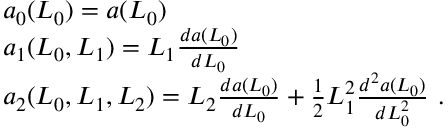
\begin{array} { r l } & { a _ { 0 } ( L _ { 0 } ) = a ( L _ { 0 } ) } \\ & { a _ { 1 } ( L _ { 0 } , L _ { 1 } ) = L _ { 1 } \frac { d a ( L _ { 0 } ) } { d L _ { 0 } } } \\ & { a _ { 2 } ( L _ { 0 } , L _ { 1 } , L _ { 2 } ) = L _ { 2 } \frac { d a ( L _ { 0 } ) } { d L _ { 0 } } + \frac { 1 } { 2 } L _ { 1 } ^ { 2 } \frac { d ^ { 2 } a ( L _ { 0 } ) } { d L _ { 0 } ^ { 2 } } \ . } \end{array}